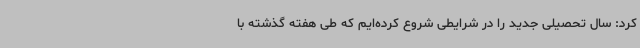
کرد: سال تحصیلی جدید را در شرایطی شروع کرده‌ایم که طی هفته گذشته با